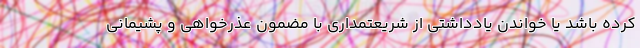
کرده باشد یا خواندن یادداشتی از شریعتمداری با مضمون عذرخواهی و پشیمانی